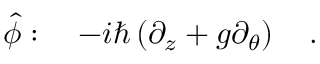
\hat { \phi } : \ \ \ - i \hbar \left( \partial _ { z } + g \partial _ { \theta } \right) \ \ \ .